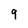
Character: 9